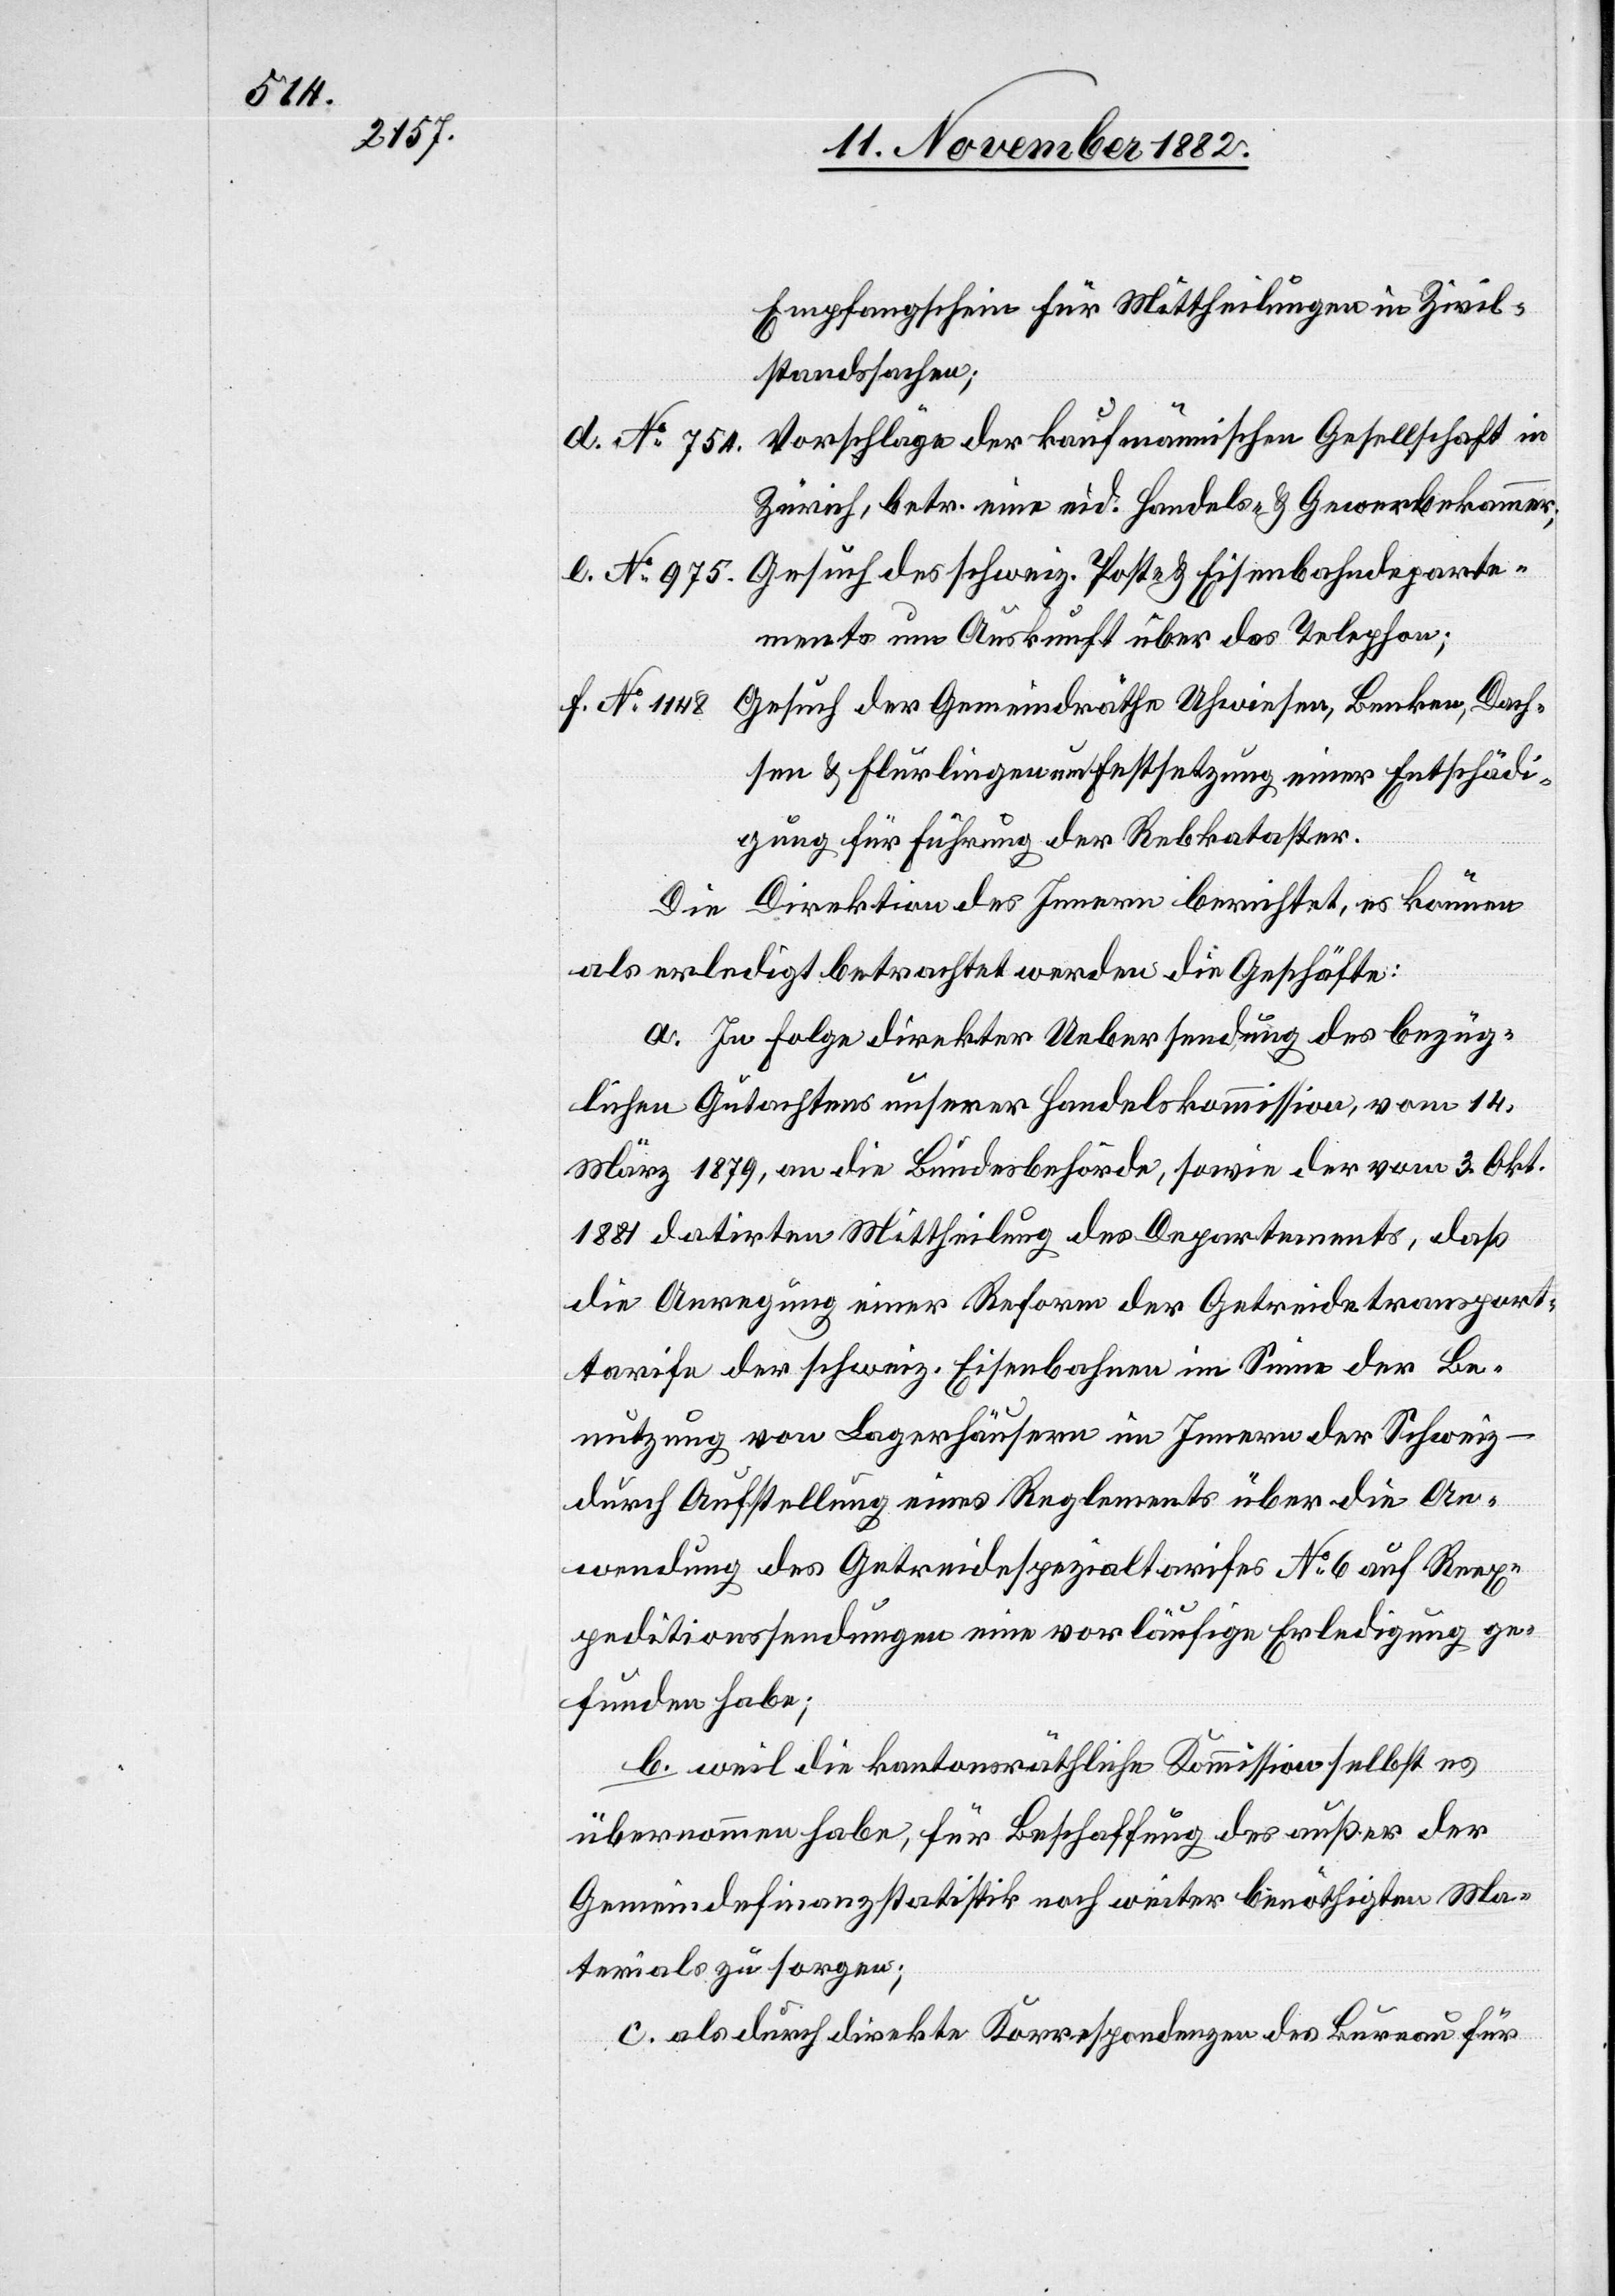
departe¬

Empfangschein für Mittheilungen in Zivil¬
standssachen;
Vorschläge der kaufmännischen Gesellschaft in
No 754.
Zürich, betr. eine eid. Handels- & Gewerbekammer;
ments um Auskunft über das Telephon;
Gesuch der Gemeindräthe Uhwiesen, Benken, Dach¬
sen & Flurlingen um Festsetzung einer Entschädi¬
gung für Führung der Rebkataster.
Die Direktion des Innern berichtet, es können
als erledigt betrachtet werden die Geschäfte:
a. In Folge direkter Uebersendung des bezüg¬
lichen Gutachtens unserer Handelskommission, vom 14.
März 1879, an die Bundesbehörde, sowie der vom 3. Okt.
1881 datirten Mittheilung des Departements, daß
die Anregung einer Reform der Getreidetransport¬
tarife der schweiz. Eisenbahnen im Sinne der Be¬
nutzung von Lagerhäusern im Innern der Schweiz
durch Aufstellung eines Reglements über die An¬
wendung des Getreidespezialtarifes No 6 auf Reexp¬
editionssendungen eine vorläufige Erledigung ge¬
funden habe;
b. weil die kantonsräthliche Kommission selbst es
übernommen habe, für Beschaffung des außer der
Gemeindefinanzstatistik noch weiter benöthigten Ma¬
terials zu sorgen;
c. als durch direkte Korrespondenzen des Bureau für